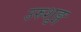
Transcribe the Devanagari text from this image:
उरुशृङ्ग